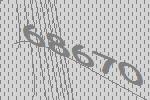
68670